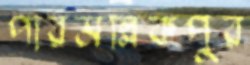
পারমল্লিকপুর